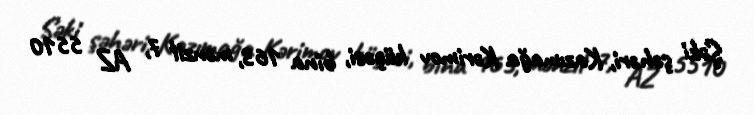
Şəki şəhəri, Kazımağa Kərimov küçəsi, bina 163, mənzil 7, AZ 5510